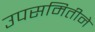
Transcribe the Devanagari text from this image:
उपसमितीने